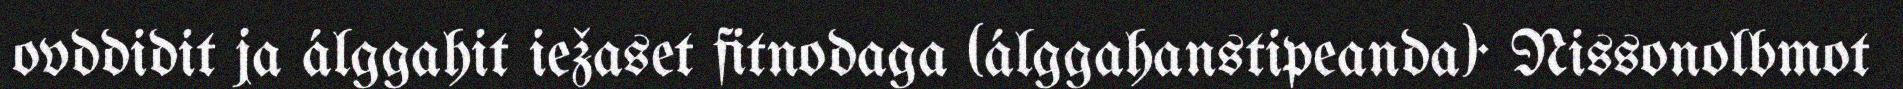
ovddidit ja álggahit iežaset fitnodaga (álggahanstipeanda)· Nissonolbmot